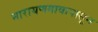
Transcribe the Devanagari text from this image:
नारायणगावापासून